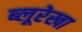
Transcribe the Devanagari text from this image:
ब्लूरेखा